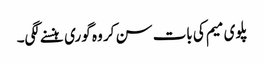
پلوی میم کی بات سن کر وہ گوری ہنسنے لگی۔